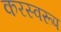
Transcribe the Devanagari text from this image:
करस्वरूप